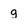
Character: g